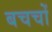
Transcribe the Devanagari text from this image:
बचचों